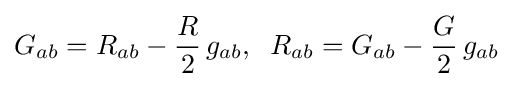
G_{ab}=R_{ab}-{\frac {R}{2}}\,g_{ab},\;\;R_{ab}=G_{ab}-{\frac {G}{2}}\,g_{ab}